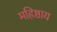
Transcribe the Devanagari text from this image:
महिष्ठाय